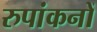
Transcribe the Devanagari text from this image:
रुपांकनों